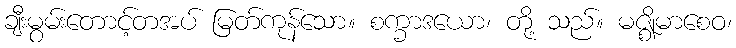
ချီးမွမ်းတောင့်တအပ် မြတ်ကုန်သော။ စက္ခာဒယော၊ တို့ သည်။ မဇ္ဈိမာစေဝ၊